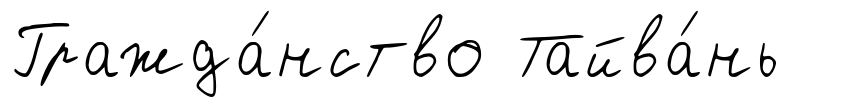
Гражда́нство Тайва́нь